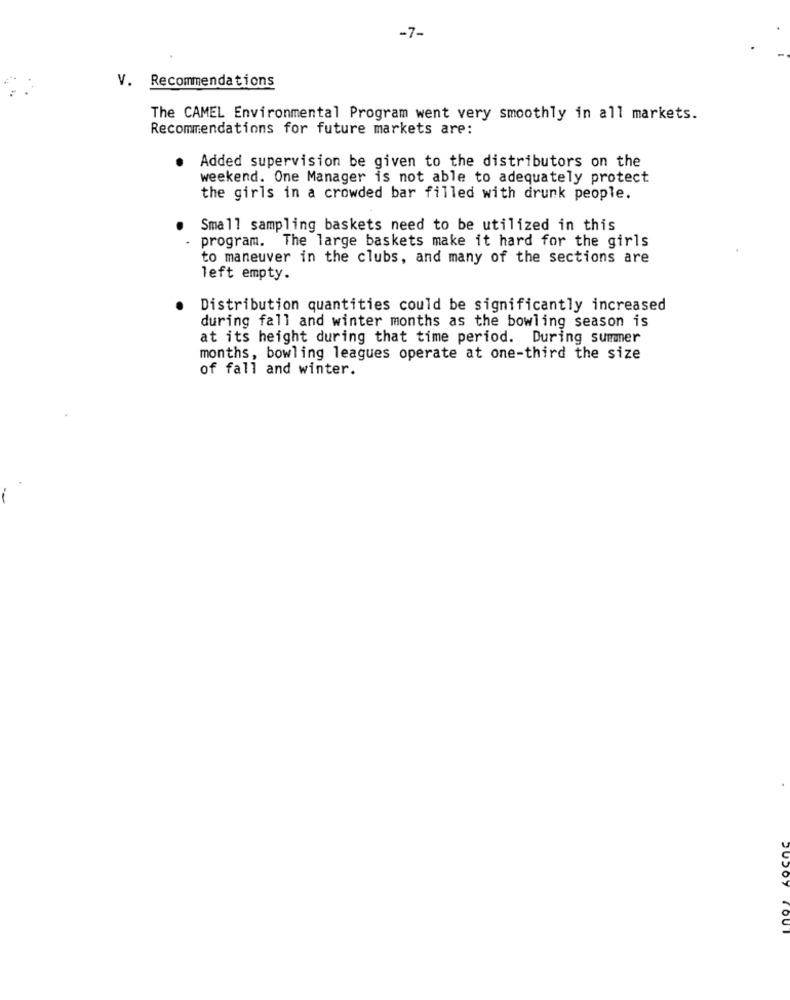
-7-
V. Recommendations
The CAMEL Environmental Program went very smoothly in all markets.
Recommendations for future markets are:
Added supervision be given to the distributors on the
weekend. One Manager is not able to adequately protect
the girls in a crowded bar filled with drunk people.
Sma11 sampling baskets need to be utilized in this
- program. The large baskets make it hard for the girls
to maneuver in the clubs, and many of the sections are
left empty.
Distribution quantities could be significantly increased
during fall and winter months as the bowling season is
at its height during that time period. During summer
months, bowling leagues operate at one-third the size
of fall and winter.
TOUT